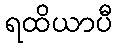
ရထိယာပီ